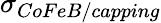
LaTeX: \sigma_{CoFeB/capping}